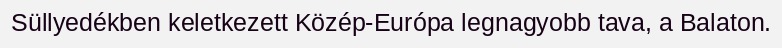
Süllyedékben keletkezett Közép-Európa legnagyobb tava, a Balaton.